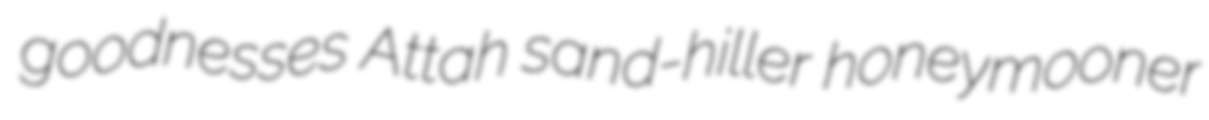
goodnesses Attah sand-hiller honeymooner